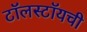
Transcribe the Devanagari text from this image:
टॉलस्टॉयची